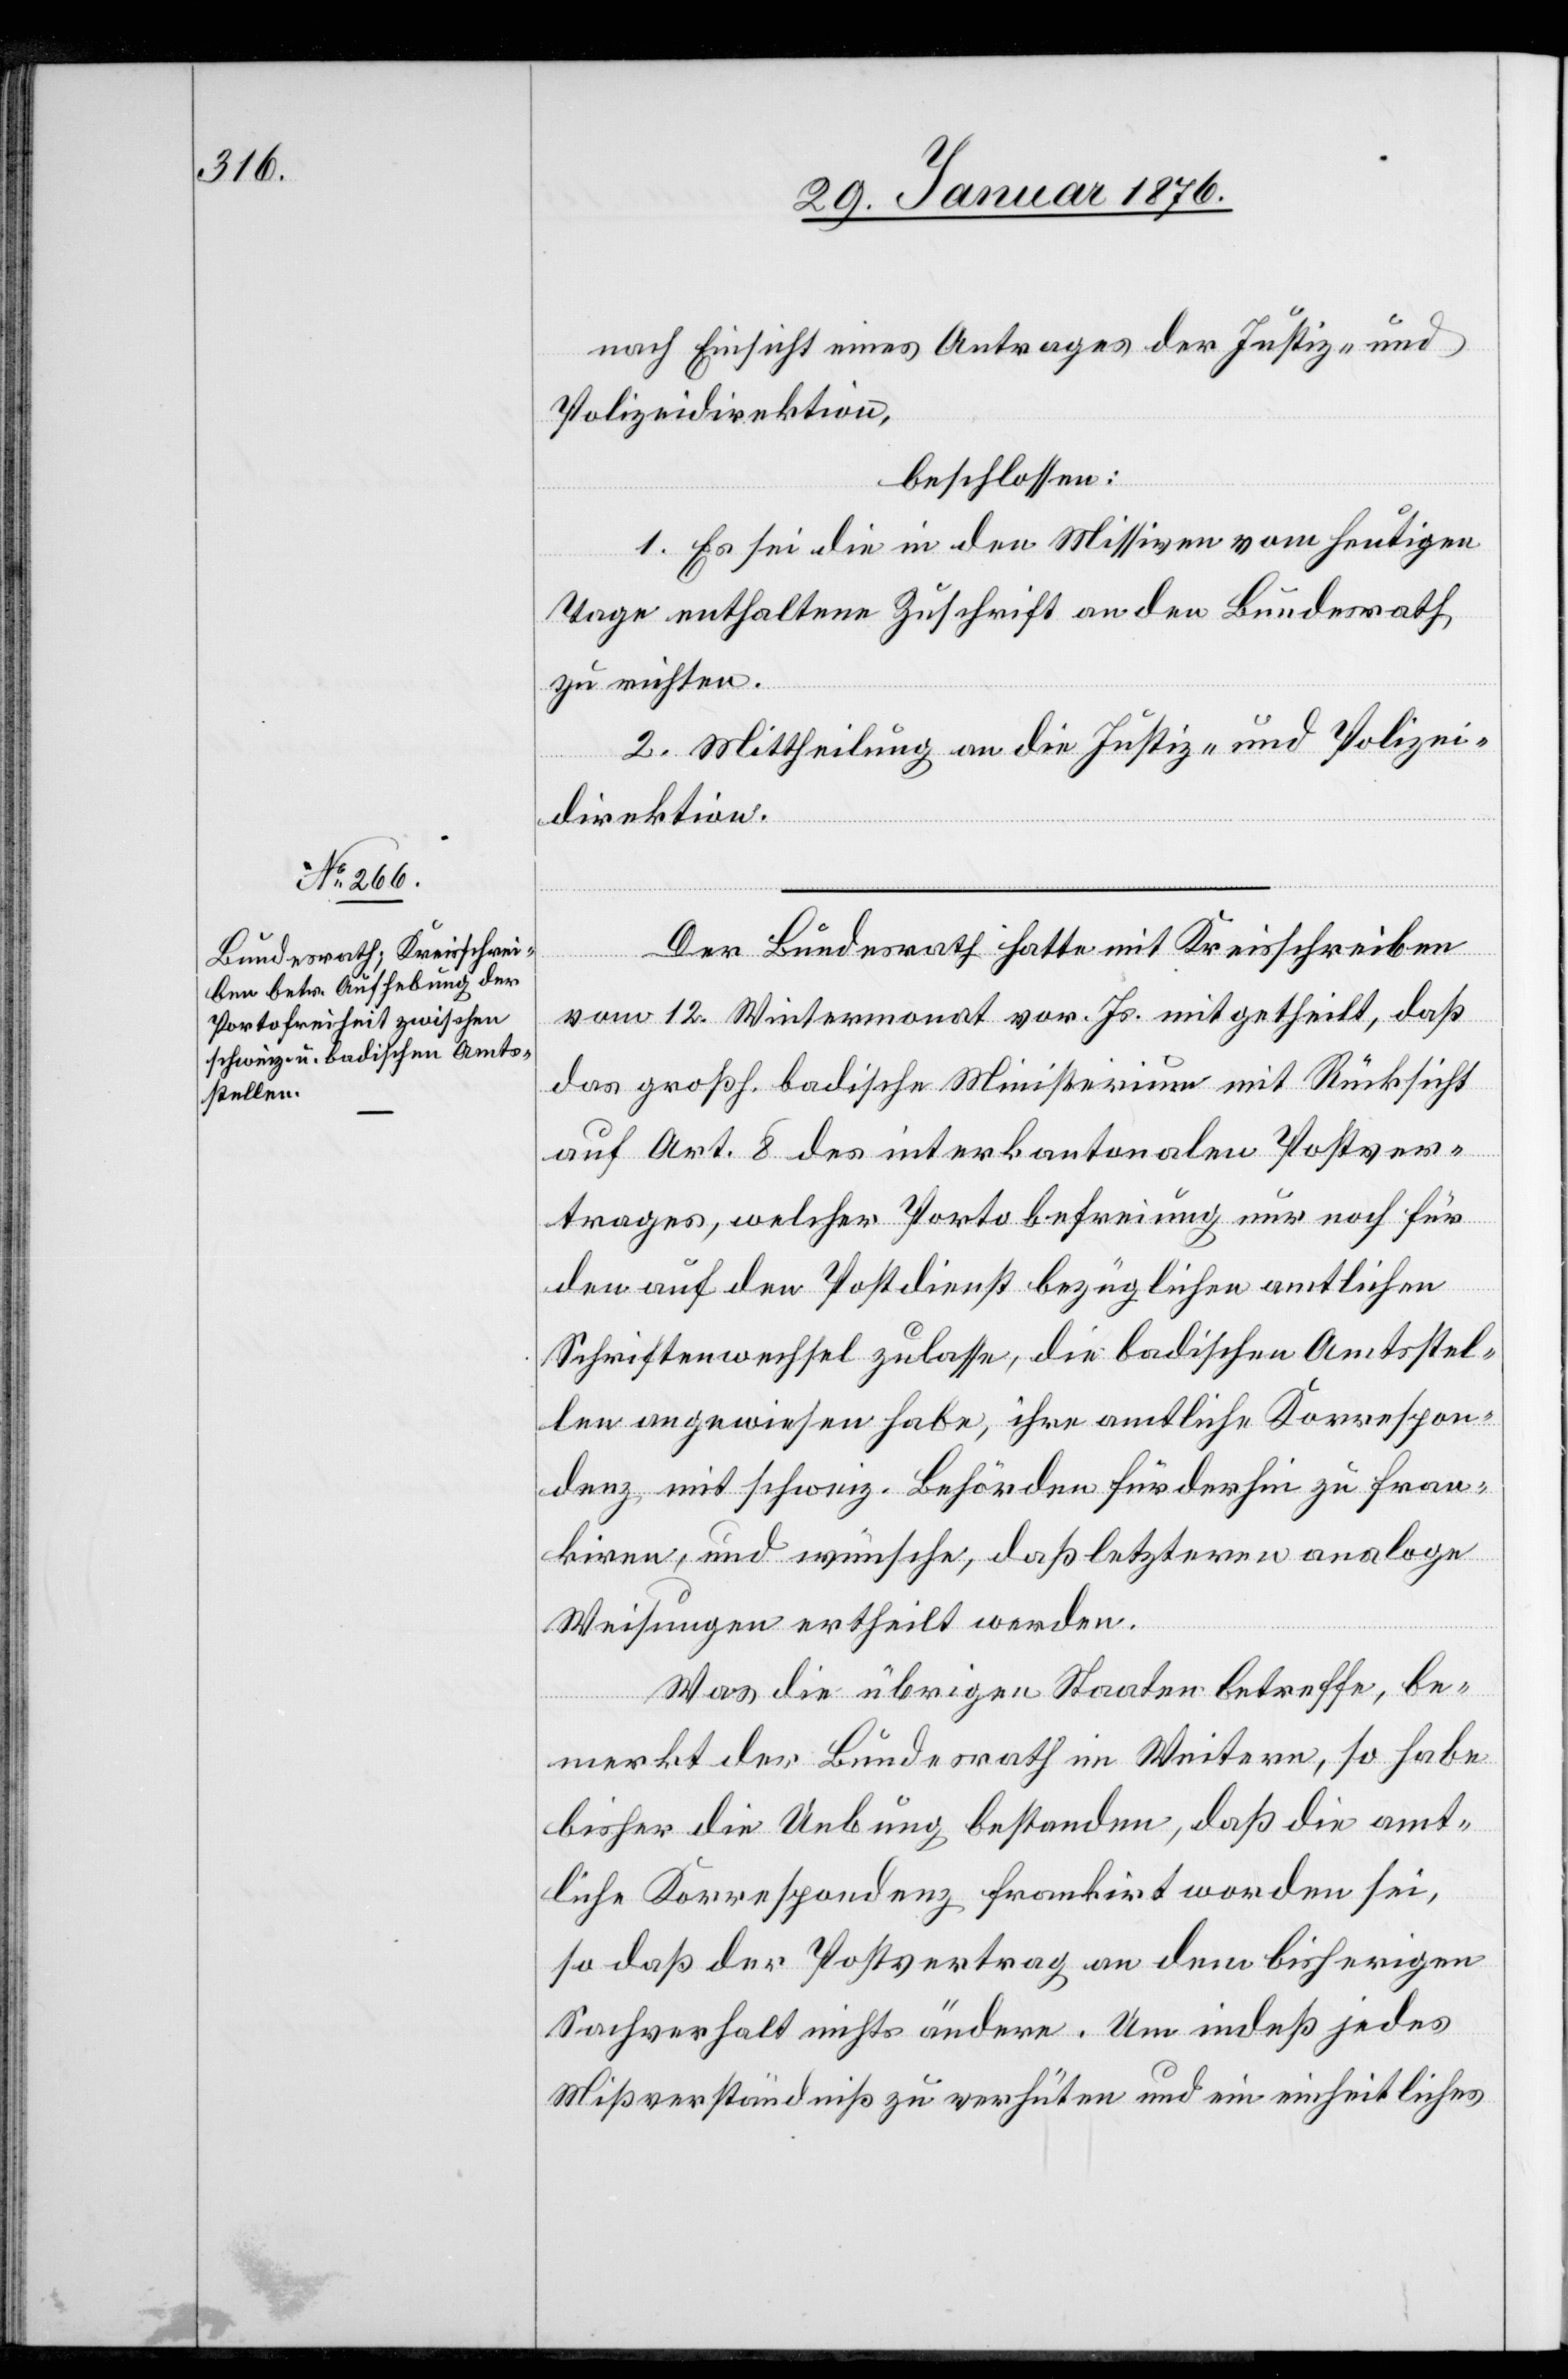
nach Einsicht eines Antrages der Justiz- und
Polizeidirektion,
beschlossen:
1. Es sei die in den Missiven vom heutigen
2.
Tage enthaltene Zuschrift an den Bundesrath
zu richten.
2. Mittheilung an die Justiz- und Polizei¬
direktion.
Der Bundesrath hatte mit Kreisschreiben
vom 12. Wintermonat vor. Js. mitgetheilt, daß
das großh. badische Ministerium mit Rücksicht
auf Art. 8 des interkantonalen Postver¬
trages, welcher Portobefreiung nur noch für
den auf den Postdienst bezüglichen amtlichen
Schriftenwechsel zulasse, die badischen Amtsstel¬
len angewiesen habe, ihre amtliche Korrespon¬
denz mit schweiz. Behörden fürderhin zu fran¬
kiren, und wünsche, daß letzteren analoge
Weisungen ertheilt werden.
Was die übrigen Staaten betreffe, be¬
merkt der Bundesrath im Weiteren, so habe
bisher die Uebung bestanden, daß die amt¬
liche Korrespondenz frankiert worden sei,
so daß der Postvertrag an dem bisherigen
Sachverhalt nichts ändere. Um indeß jedes
Mißverständnis zu verhüten und ein einheitliches